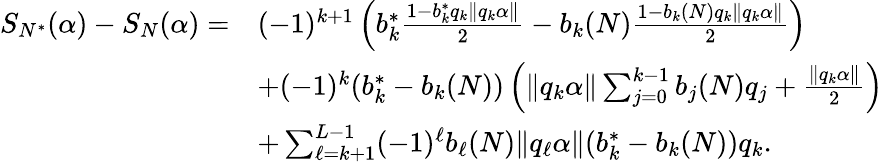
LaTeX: \begin{array}{rl}{S_{N^{*}}(\alpha)-S_{N}(\alpha)=}&{(-1)^{k+1}\left(b_{k}^{*}\frac{1-b_{k}^{*}q_{k}\| q_{k}\alpha\| }{2}-b_{k}(N)\frac{1-b_{k}(N)q_{k}\| q_{k}\alpha\| }{2}\right)}\\ &{+(-1)^{k}(b_{k}^{*}-b_{k}(N))\left(\| q_{k}\alpha\| \sum_{j=0}^{k-1}b_{j}(N)q_{j}+\frac{\| q_{k}\alpha\| }{2}\right)}\\ &{+\sum_{\ell=k+1}^{L-1}(-1)^{\ell}b_{\ell}(N)\| q_{\ell}\alpha\| (b_{k}^{*}-b_{k}(N))q_{k}.}\end{array}